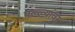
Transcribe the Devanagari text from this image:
पल्ल्यांवर